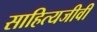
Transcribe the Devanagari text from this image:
साहित्यजीवी